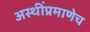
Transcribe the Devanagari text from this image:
अस्थींप्रमाणेच